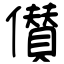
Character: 儧